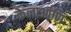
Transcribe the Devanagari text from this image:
केलाआणि